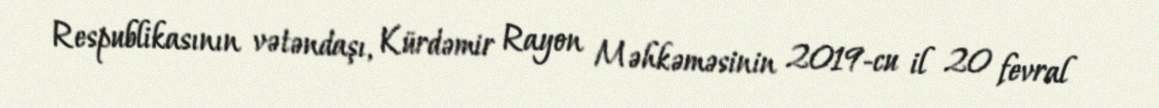
Respublikasının vətəndaşı, Kürdəmir Rayon Məhkəməsinin 2019-cu il 20 fevral